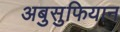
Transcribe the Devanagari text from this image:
अबुसुफियान